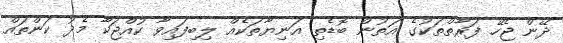
ދޭން ޖެހޭ ފަރާތްތަކުގެ އަތުން ބޮޑެތި އަނިޔާތަކެއް ލިބިފައިވާ ކުއްޖަކާ މެދު ކަންތައް